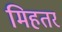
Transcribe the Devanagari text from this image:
मिहतर